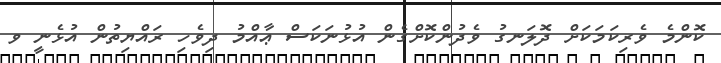
ކޮންމެ ވެރިކަމަކަށް ދޮލަނގު ވެދުންކޮށްގެން އުޅުނަކަސް ޢާއްމު ދިވެހި ރައްޔިތުން އުޅެނީ ވ